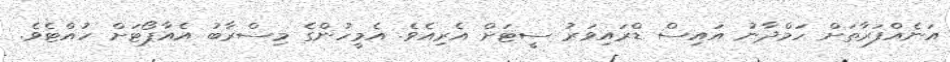
އަނެއްފަރާތަށް ހަމްދާނު އައިސް ޑްރައިވަރު ސީޓަށް އެރިއެވެ. އެމީހުންގެ މިސްރާބު އެއާޕޯޓަށް ހުއްޓެވެ.